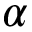
\alpha